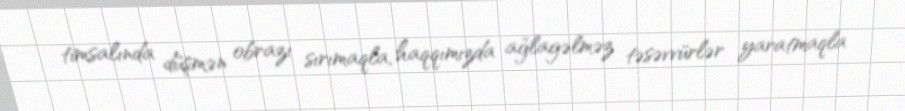
timsalında düşmən obrazı sırımaqla, haqqımızda ağlagəlməz təsəvvürlər yaratmaqla